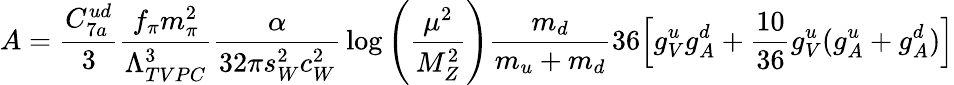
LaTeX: A={\frac{C_{7a}^{ud}}{3}}{\frac{f_{\pi}m_{\pi}^{2}}{\Lambda_{TVPC}^{3}}}{\frac{\alpha}{32\pi s_{W}^{2}c_{W}^{2}}}\log\left({\frac{\mu^{2}}{M_{Z}^{2}}}\right){\frac{m_{d}}{m_{u}+m_{d}}}36\Bigl[g_{V}^{u}g_{A}^{d}+{\frac{10}{36}}g_{V}^{u}(g_{A}^{u}+g_{A}^{d})\Bigr]